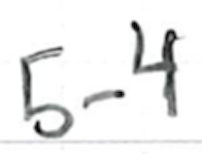
Text: 5-4
Cross-out: clean
Writing tool: ballpoint